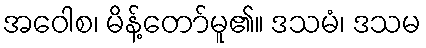
အဝေါစ၊ မိန့်တော်မူ၏။ ဒသမံ၊ ဒသမ